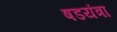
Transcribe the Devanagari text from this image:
षडयंत्रा